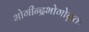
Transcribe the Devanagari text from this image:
भोगीन्द्रभोगोन्नतः